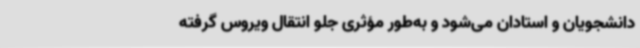
دانشجویان و استادان می‌شود و به‌طور مؤثری جلو انتقال ویروس گرفته